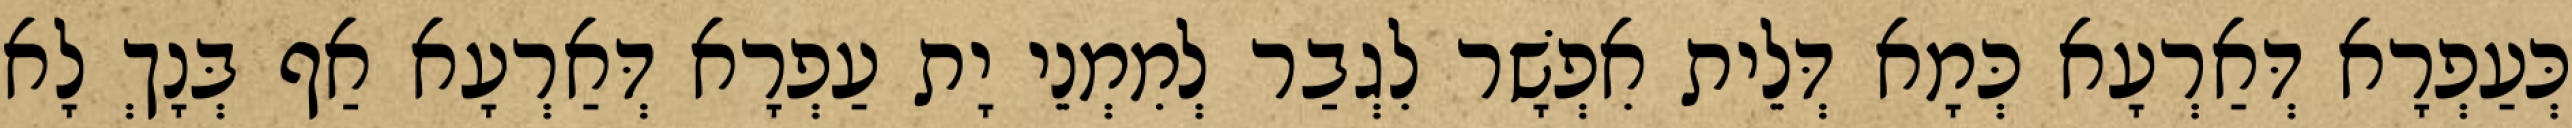
כְּעַפְרָא דְּאַרְעָא כְּמָא דְּלֵית אִפְשָׁר לִגְבַר לְמִמְנֵי יָת עַפְרָא דְּאַרְעָא אַף בְּנָךְ לָא